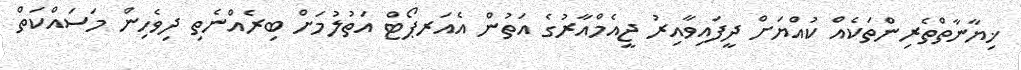
ޚިޔާނާތްތެރިންތަކެއް ކުއްޔަށް ދީފައިވާއިރު ޖީއެމްއާރުގެ އަތުން އެއަރޕޯޓް އަތުލުމަށް ބިރެއްނެތި ދިވެހިން މަސައްކަތް